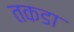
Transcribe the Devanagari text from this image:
तकडा